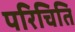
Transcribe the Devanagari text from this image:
परिचिति